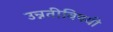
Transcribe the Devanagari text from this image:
उन्नतीविषयी